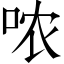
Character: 哝